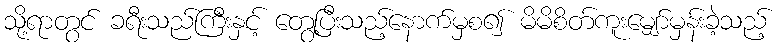
သို့ရာတွင် ခရီးသည်ကြီးနှင့် တွေ့ပြီးသည့်နောက်မှစ၍ မိမိစိတ်ကူးမျှော်မှန်းခဲ့သည့်